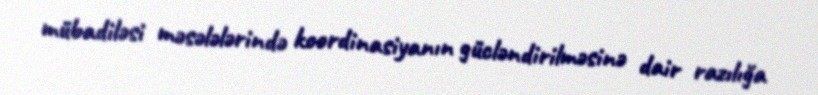
mübadiləsi məsələlərində koordinasiyanın gücləndirilməsinə dair razılığa